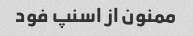
ممنون از اسنپ فود